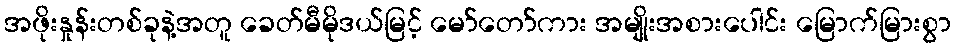
အဖိုးနှုန်းတစ်ခုနဲ့အတူ ခေတ်မီမိုဒယ်မြင့် မော်တော်ကား အမျိုးအစားပေါင်း မြောက်မြားစွာ